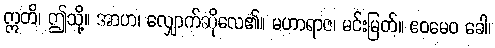
ဣတိ၊ ဤသို့။ အာဟ၊ လျှောက်ဆိုလေ၏။ မဟာရာဇ၊ မင်းမြတ်။ ဧဝမေဝ ခေါ၊